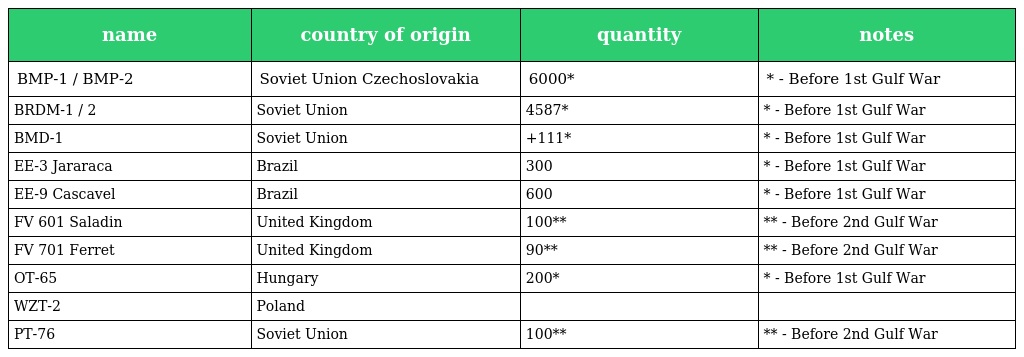
| name | country of origin | quantity | notes |
 | --- | --- | --- | --- |
 | BMP-1 / BMP-2 | Soviet Union Czechoslovakia | 6000* | * - Before 1st Gulf War |
 | BRDM-1 / 2 | Soviet Union | 4587* | * - Before 1st Gulf War |
 | BMD-1 | Soviet Union | +111* | * - Before 1st Gulf War |
 | EE-3 Jararaca | Brazil | 300 | * - Before 1st Gulf War |
 | EE-9 Cascavel | Brazil | 600 | * - Before 1st Gulf War |
 | FV 601 Saladin | United Kingdom | 100** | ** - Before 2nd Gulf War |
 | FV 701 Ferret | United Kingdom | 90** | ** - Before 2nd Gulf War |
 | OT-65 | Hungary | 200* | * - Before 1st Gulf War |
 | WZT-2 | Poland |  |  |
 | PT-76 | Soviet Union | 100** | ** - Before 2nd Gulf War |